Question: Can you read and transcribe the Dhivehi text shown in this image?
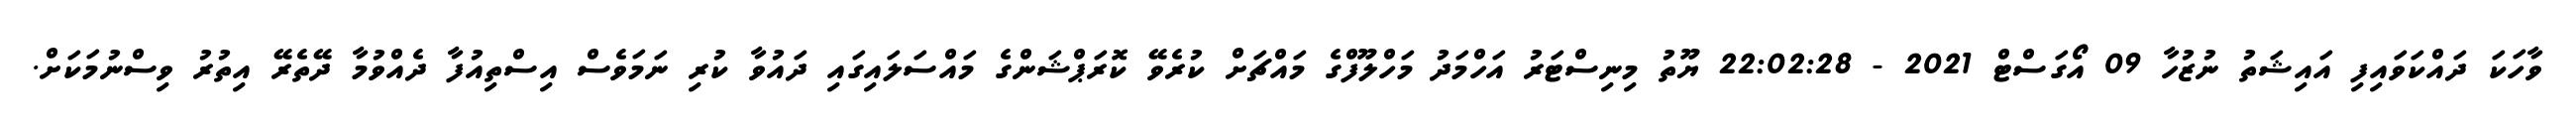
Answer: ވާހަކަ ދައްކަވައިފި އައިޝަތު ނުޒުހާ 09 އޯގަސްޓް 2021 - 22:02:28 ޔޫތު މިނިސްޓަރު އަހްމަދު މަހްލޫފްގެ މައްޗަށް ކުރެވޭ ކޮރަޕްޝަންގެ މައްސަލައިގައި ދައުވާ ކުރި ނަމަވެސް އިސްތިއުފާ ދެއްވުމާ ދޭތެރޭ އިތުރު ވިސްނުމަކަށް.